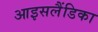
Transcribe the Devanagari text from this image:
आइसलैंडिका